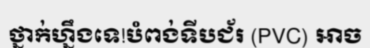
ថ្នាក់ហ្នឹងទេ!បំពង់ទីបជ័រ (PVC) អាច